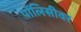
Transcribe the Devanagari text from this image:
पॉलिसीवर